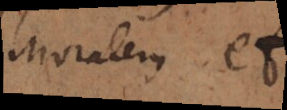
moralem et